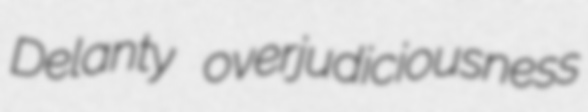
Delanty overjudiciousness